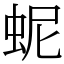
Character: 蚭